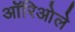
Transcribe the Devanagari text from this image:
ऑरिओले